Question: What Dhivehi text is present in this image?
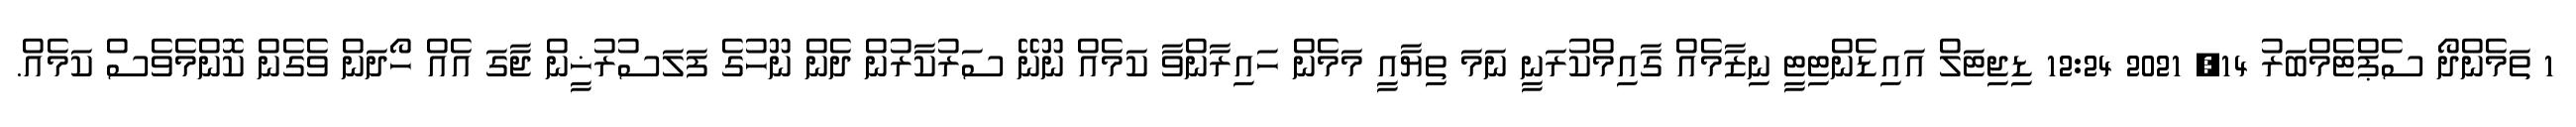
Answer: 1 ތަމެންދޯ ސެޕްޓެމްބަރު 14, 2021 12:24 ޑިޖިޓަލް އައިޑެންޓިޓީ ނިޒާމެއް ގާއިމްކުރަނީ ނަމަ ތިޔާއީ މަމެން ހައިރާންވާ ކަމެއް ނޫނޭ ސަރުކާރުން ދެން ނޫހުގެ ފަލަސުރުޚީން ޖާގަ އެއް ހޯދަން ވެގެން ކޮންމެވެސް ކަމެއް.